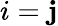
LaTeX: i=\mathbf{j}